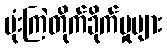
ဗုံးကြဲတိုက်ခိုက်မှုများ